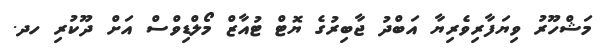
މަޝްހޫރު ވިޔަފާރިވެރިޔާ އަބްދު ޖާބިރުގެ ޔޮޓް ޓުއާޒް މޯލްޑިވްސް އަށް ދޫކުރި ހދ.